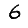
Digit: 6